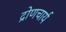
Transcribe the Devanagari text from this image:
द्रोणचार्य